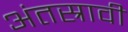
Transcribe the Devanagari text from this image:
अंतस्रावी